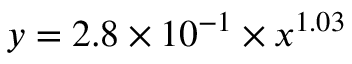
y = 2 . 8 \times 1 0 ^ { - 1 } \times x ^ { 1 . 0 3 }